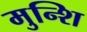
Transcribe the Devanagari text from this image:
मुन्शि